Vaccination in Bombay 1869-1873 - 1869-1873
Year: 1869
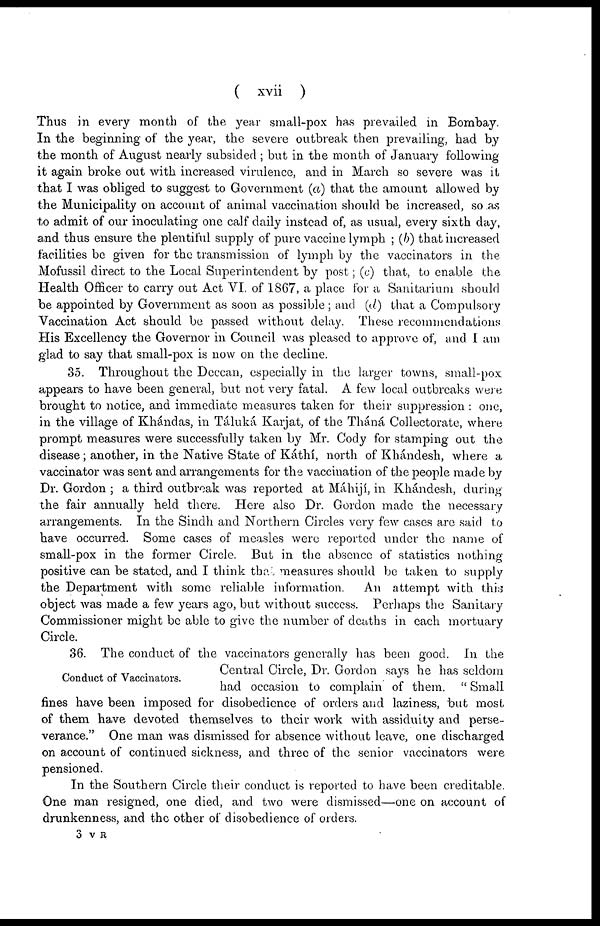
( xvii )
Thus in every month of the year small-pox has prevailed in Bombay.
In the beginning of the year, the severe outbreak then prevailing, had by
the month of August nearly subsided ; but in the month of January following
it again broke out with increased virulence, and in March so severe was it
that I was obliged to suggest to Government (a) that the amount allowed by
the Municipality on account of animal vaccination should be increased, so as
to admit of our inoculating one calf daily instead of, as usual, every sixth day,
and thus ensure the plentiful supply of pure vaccine lymph ; (b) that increased
facilities be given for the transmission of lymph by the vaccinators in the
Mofussil direct to the Local Superintendent by post; (c) that, to enable the
Health Officer to carry out Act VI. of 1867, a place for a Sanitarium should
be appointed by Government as soon as possible; and (d) that a Compulsory
Vaccination Act should be passed without delay. These recommendations
His Excellency the Governor in Council was pleased to approve of, and I am
glad to say that small-pox is now on the decline.
35. Throughout the Deccan, especially in the larger towns, small-pox
appears to have been general, but not very fatal. A few local outbreaks were
brought to notice, and immediate measures taken for their suppression : one,
in the village of Khándas, in Táluká. Karjat, of the Tháná Collectorate, where
prompt measures were successfully taken by Mr. Cody for stamping out the
disease; another, in the Native State of Káthí, north of Khándesh, where a
vaccinator was sent and arrangements for the vaccination of the people made by
Dr. Gordon ; a third outbreak was reported at Máhijí, in Khándesh, during
the fair annually held there. Here also Dr. Gordon made the necessary
arrangements. In the Sindh and Northern Circles very few cases are said to
have occurred. Some cases of measles were reported under the name of
small-pox in the former Circle. But in the absence of statistics nothing
positive can be stated, and I think that measures should be taken to supply
the Department with some reliable information.
An attempt with this
object was made a few years ago, but without success. Perhaps the Sanitary
Commissioner might be able to give the number of deaths in each mortuary
Circle.
Conduct of Vaccinators.
36. The conduct of the vaccinators generally has been good. In the
Central Circle, Dr. Gordon says he has seldom
had occasion to complain of them. " Small
fines have been imposed for disobedience of orders and laziness, but most
of them have devoted themselves to their work with assiduity and perse-
verance." One man was dismissed for absence without leave, one discharged
on account of continued sickness, and three of the senior vaccinators were
pensioned.
In the Southern Circle their conduct is reported to have been creditable.
One man resigned, one died, and two were dismissed—one on account of
drunkenness, and the other of disobedience of orders.
3 V R